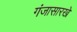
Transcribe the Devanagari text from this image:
गंजासारखे